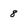
Character: 8